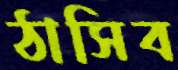
ঠাসিব